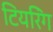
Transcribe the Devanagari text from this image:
टियरिंग